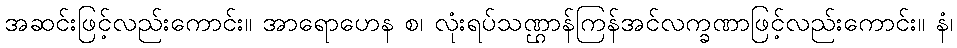
အဆင်းဖြင့်လည်းကောင်း။ အာရောဟေန စ၊ လုံးရပ်သဏ္ဌာန်ကြန်အင်လက္ခဏာဖြင့်လည်းကောင်း။ နံ၊